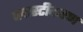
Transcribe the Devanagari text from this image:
प्लास्टीकरण